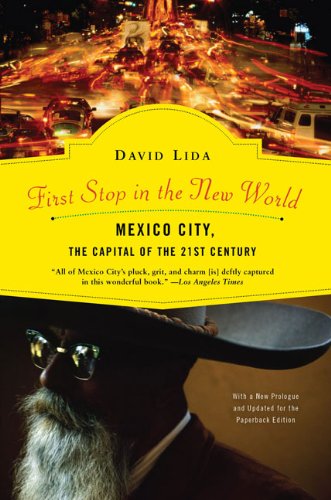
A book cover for First Stop in the New World; David Lida; Travel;